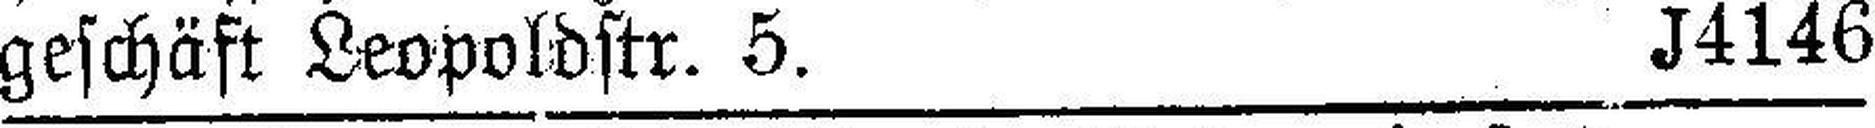
geschäft Leopoldstr. 5.  J4146